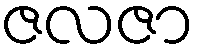
ဇလဇာ